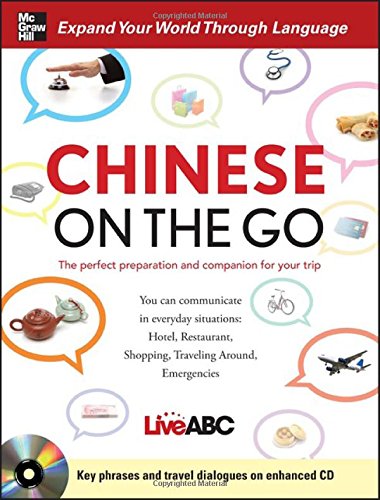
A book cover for Chinese On the Go; Live ABC; Reference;